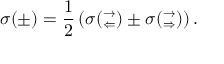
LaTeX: \sigma ( \pm ) = \frac { 1 } { 2 } \left( \sigma ( _ { \Leftarrow } ^ { \rightarrow } ) \pm \sigma ( _ { \Rightarrow } ^ { \rightarrow } ) \right) .